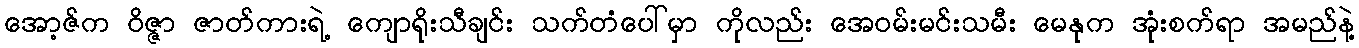
အော့ဇ်က ဝိဇ္ဇာ ဇာတ်ကားရဲ့ ကျောရိုးသီချင်း သက်တံပေါ်မှာ ကိုလည်း အေဝမ်းမင်းသမီး မေနုက အုံးစက်ရာ အမည်နဲ့